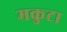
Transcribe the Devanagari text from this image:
मकुटा